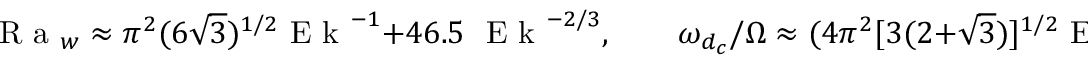
\textrm { R a } _ { w } \approx \pi ^ { 2 } ( 6 \sqrt { 3 } ) ^ { 1 / 2 } \textrm { E k } ^ { - 1 } + 4 6 . 5 \textrm { } \textrm { E k } ^ { - 2 / 3 } , \qquad \omega _ { d _ { c } } / \Omega \approx ( 4 \pi ^ { 2 } [ 3 ( 2 + \sqrt { 3 } ) ] ^ { 1 / 2 } \textrm { E k } - 1 4 6 5 \textrm { } \textrm { E k } ^ { 4 / 3 } ) \textrm { P r } ^ { - 1 } .